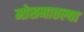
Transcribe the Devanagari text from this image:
मोसमातल्या